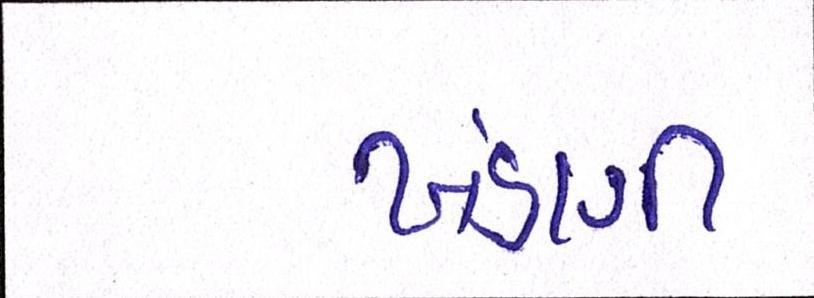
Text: ખંડણી